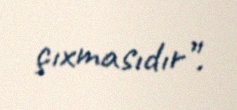
çıxmasıdır”.